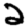
Digit: 2